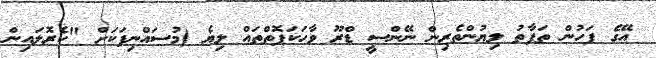
އޭގެ ފަހުން ތަފާތު ލިޔުންތެރިން ނޭންސީ ޑްރޫ ވާހަކަފޮތްތައް ލިޔެ (މުސައްނިފަކަށް "ކެރޮލައިން